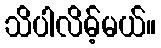
သိပါလိမ့်မယ်။